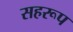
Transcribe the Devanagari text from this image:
सहरूप